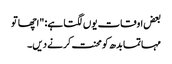
بعض اوقات یوں لگتا ہے: "اچھا تو
مہاتما بدھ کو محنت کرنے دیں۔